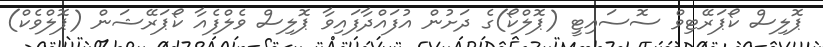
ޕޮލިސް ކޯޕަރޭޓިވް ސޮސައިޓީ (ޕޮލްކޯ)ގެ ދަށުން އުފައްދާފައިވާ ޕޮލިސް ވެލްފެއާ ކޯޕަރޭޝަން (ޕޮލްވެކް)